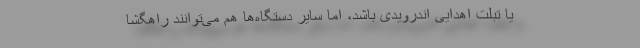
یا تبلت اهدایی اندرویدی باشد، اما سایر دستگاه‌ها هم می‌توانند راهگشا